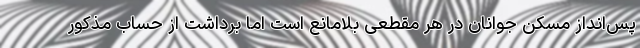
پس‌انداز مسکن جوانان در هر مقطعی بلامانع است اما برداشت از حساب مذکور